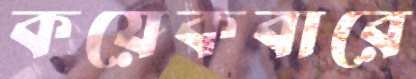
কয়েকবারে